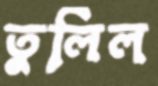
তুলিল